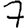
Digit: 7